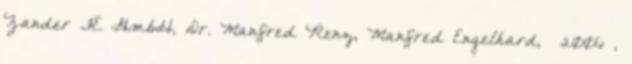
Zander FE GmbH, Dr. Manfred Renz, Manfred Engelhard, 2006 ,